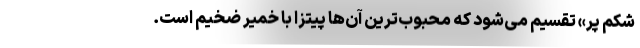
شکم پر» تقسیم می‌شود که محبوب‌ترین آن‌ها پیتزا با خمیر ضخیم است.